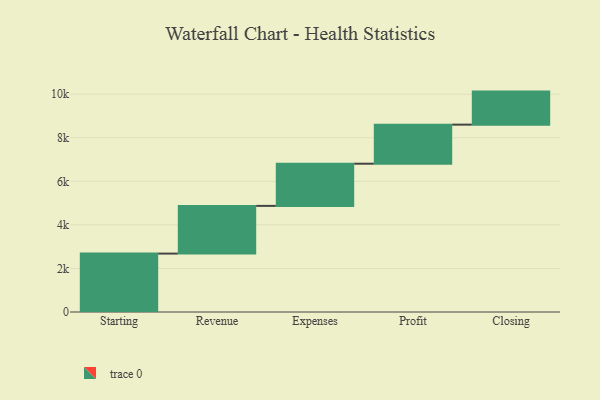
{"axis": {"x": "Step", "y": "Value"}, "legend": [""], "data": [{"x": "Starting", "y": 2682.0, "type": ""}, {"x": "Revenue", "y": 2190.0, "type": ""}, {"x": "Expenses", "y": 1937.0, "type": ""}, {"x": "Profit", "y": 1794.0, "type": ""}, {"x": "Closing", "y": 1517.0, "type": ""}]}